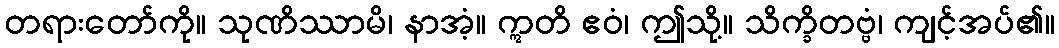
တရားတော်ကို။ သုဏိဿာမိ၊ နာအံ့။ ဣတိ ဧဝံ၊ ဤသို့။ သိက္ခိတဗ္ဗံ၊ ကျင့်အပ်၏။